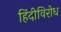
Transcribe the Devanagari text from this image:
हिंदीविरोध